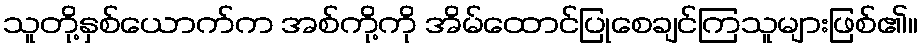
သူတို့နှစ်ယောက်က အစ်ကို့ကို အိမ်ထောင်ပြုစေချင်ကြသူများဖြစ်၏။